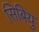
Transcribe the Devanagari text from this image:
सिबियु